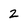
Character: 2